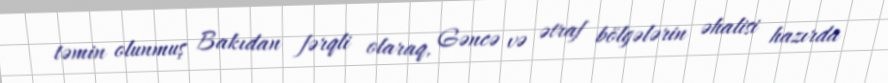
təmin olunmuş Bakıdan fərqli olaraq, Gəncə və ətraf bölgələrin əhalisi hazırda